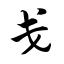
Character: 戋